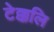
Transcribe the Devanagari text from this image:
टेक्कलि